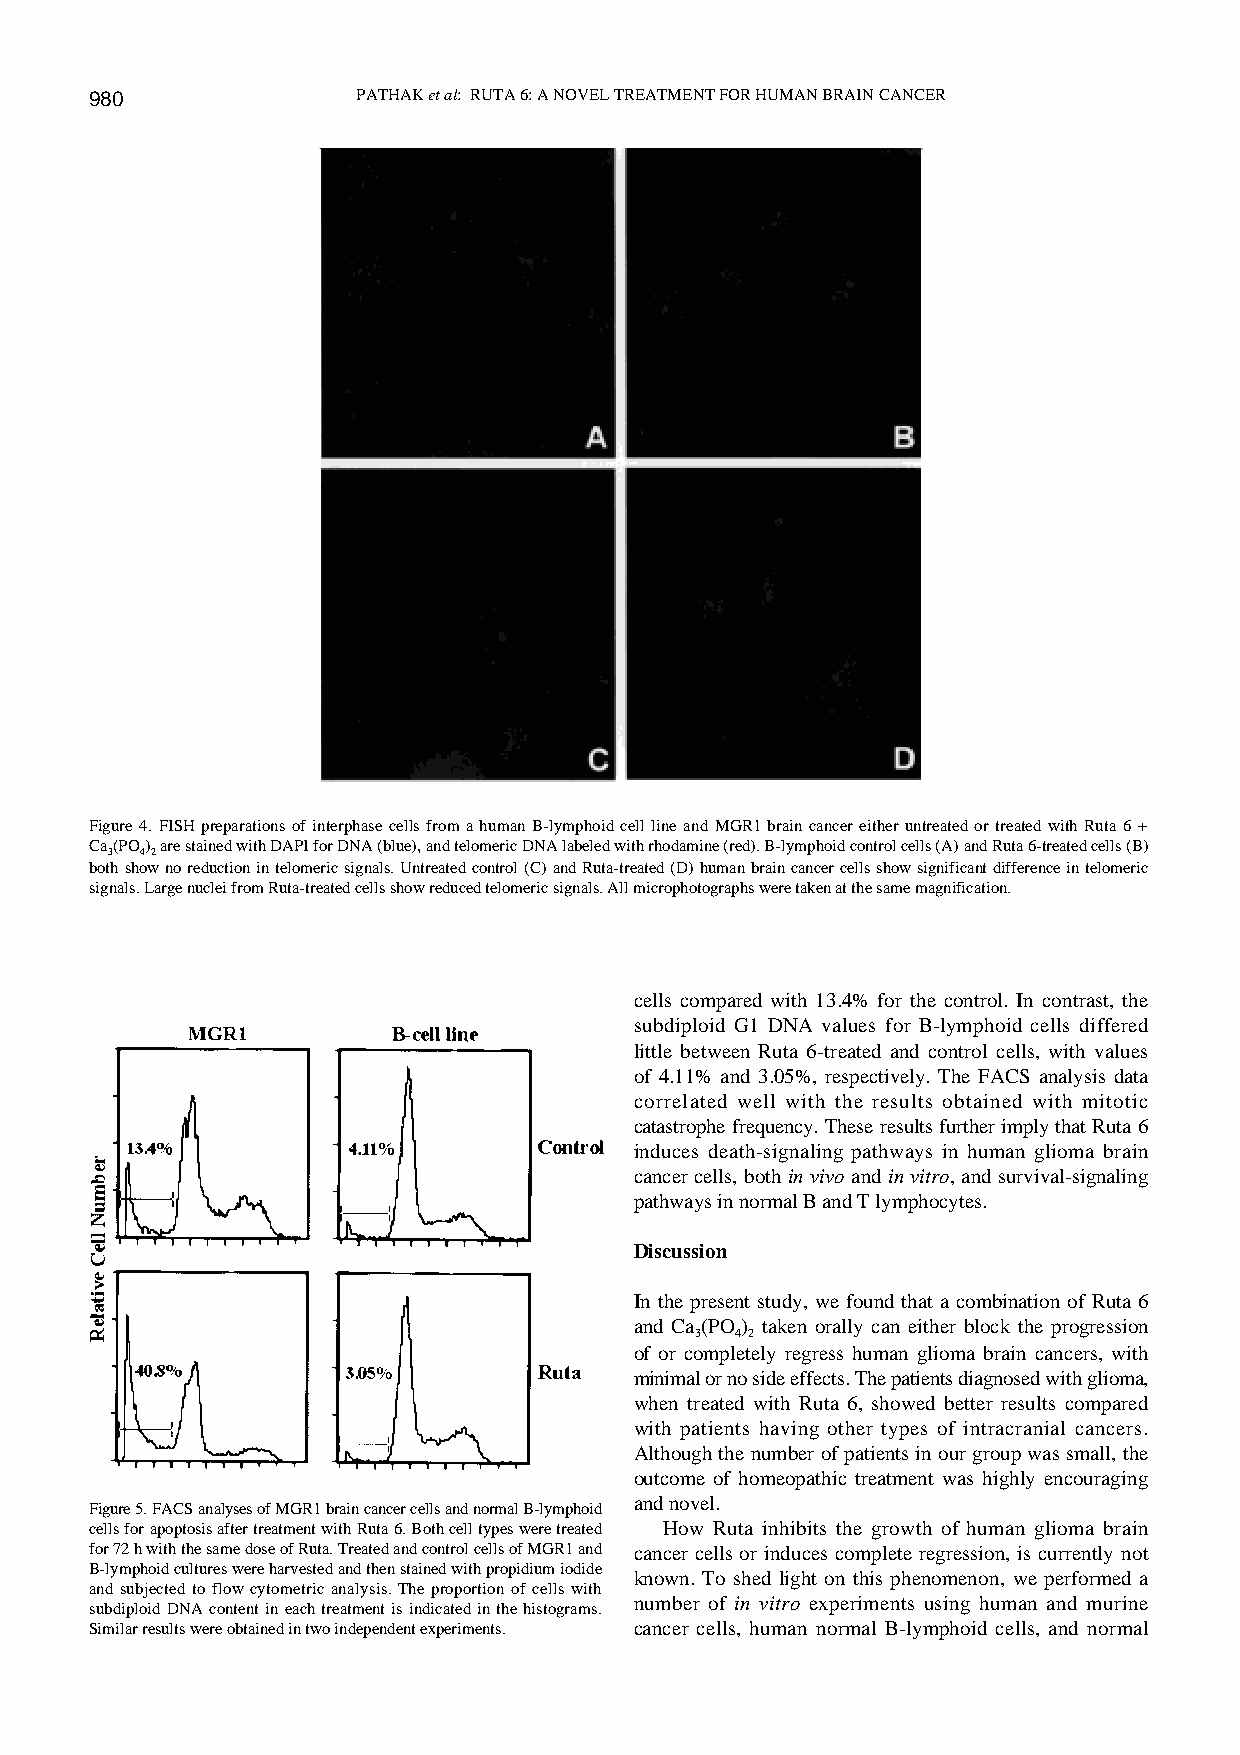
980               PATHAK et al: RUTA 6: A NOVEL TREATMENT FOR HUMAN BRAIN CANCER
 Figure 4. FISH preparations of interphase cells from a human B-lymphoid cell line and MGR1 brain cancer either untreated or treated with Ruta 6 +
 Ca(PO) are stained with DAPI for DNA (blue), and telomeric DNA labeled with rhodamine (red). B-lymphoid control cells (A) and Ruta 6-treated cells (B)
 3 42
 both show no reduction in telomeric signals. Untreated control (C) and Ruta-treated (D) human brain cancer cells show significant difference in telomeric
 signals. Large nuclei from Ruta-treated cells show reduced telomeric signals. All microphotographs were taken at the same magnification.
 cells compared with 13.4% for the control. In contrast, the
 subdiploid G1 DNA values for B-lymphoid cells differed
 little between Ruta 6-treated and control cells, with values
 of 4.11% and 3.05%, respectively. The FACS analysis data
 correlated well with the results obtained with mitotic
 catastrophe frequency. These results further imply that Ruta 6
 induces death-signaling pathways in human glioma brain
 cancer cells, both in vivo and in vitro, and survival-signaling
 pathways in normal B and T lymphocytes.
 Discussion
 In the present study, we found that a combination of Ruta 6
 and Ca (PO) taken orally can either block the progression
 3  4 2
 of or completely regress human glioma brain cancers, with
 minimal or no side effects. The patients diagnosed with glioma,
 when treated with Ruta 6, showed better results compared
 with patients having other types of intracranial cancers.
 Although the number of patients in our group was small, the
 outcome of homeopathic treatment was highly encouraging
 and novel.
 Figure 5. FACS analyses of MGR1 brain cancer cells and normal B-lymphoid
 cells for apoptosis after treatment with Ruta 6. Both cell types were treated How Ruta inhibits the growth of human glioma brain
 for 72 h with the same dose of Ruta. Treated and control cells of MGR1 and cancer cells or induces complete regression, is currently not
 B-lymphoid cultures were harvested and then stained with propidium iodide
 known. To shed light on this phenomenon, we performed a
 and subjected to flow cytometric analysis. The proportion of cells with
 number of in vitro experiments using human and murine
 subdiploid DNA content in each treatment is indicated in the histograms.
 Similar results were obtained in two independent experiments. cancer cells, human normal B-lymphoid cells, and normal